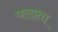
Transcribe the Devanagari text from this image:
पलाता